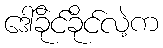
ဒေါ်ခိုင်ခိုင်လဲ့က